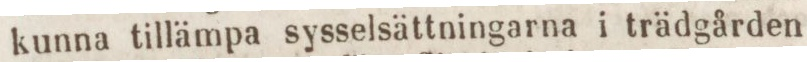
kunna tillämpa sysselsättningarna i trädgården